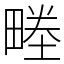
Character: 畻